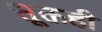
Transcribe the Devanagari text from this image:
सूक्तही